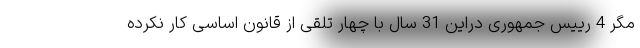
مگر 4 رییس جمهوری دراین 31 سال با چهار تلقی از قانون اساسی کار نکرده